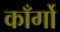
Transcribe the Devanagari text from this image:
काँर्गो